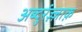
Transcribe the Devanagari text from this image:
अब्दुर्रज़्ज़ाक़